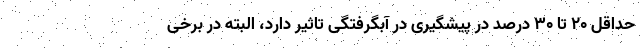
حداقل ۲۰ تا ۳۰ درصد در پیشگیری در آبگرفتگی تاثیر دارد، البته در برخی